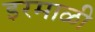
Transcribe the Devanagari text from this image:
इरमाळी